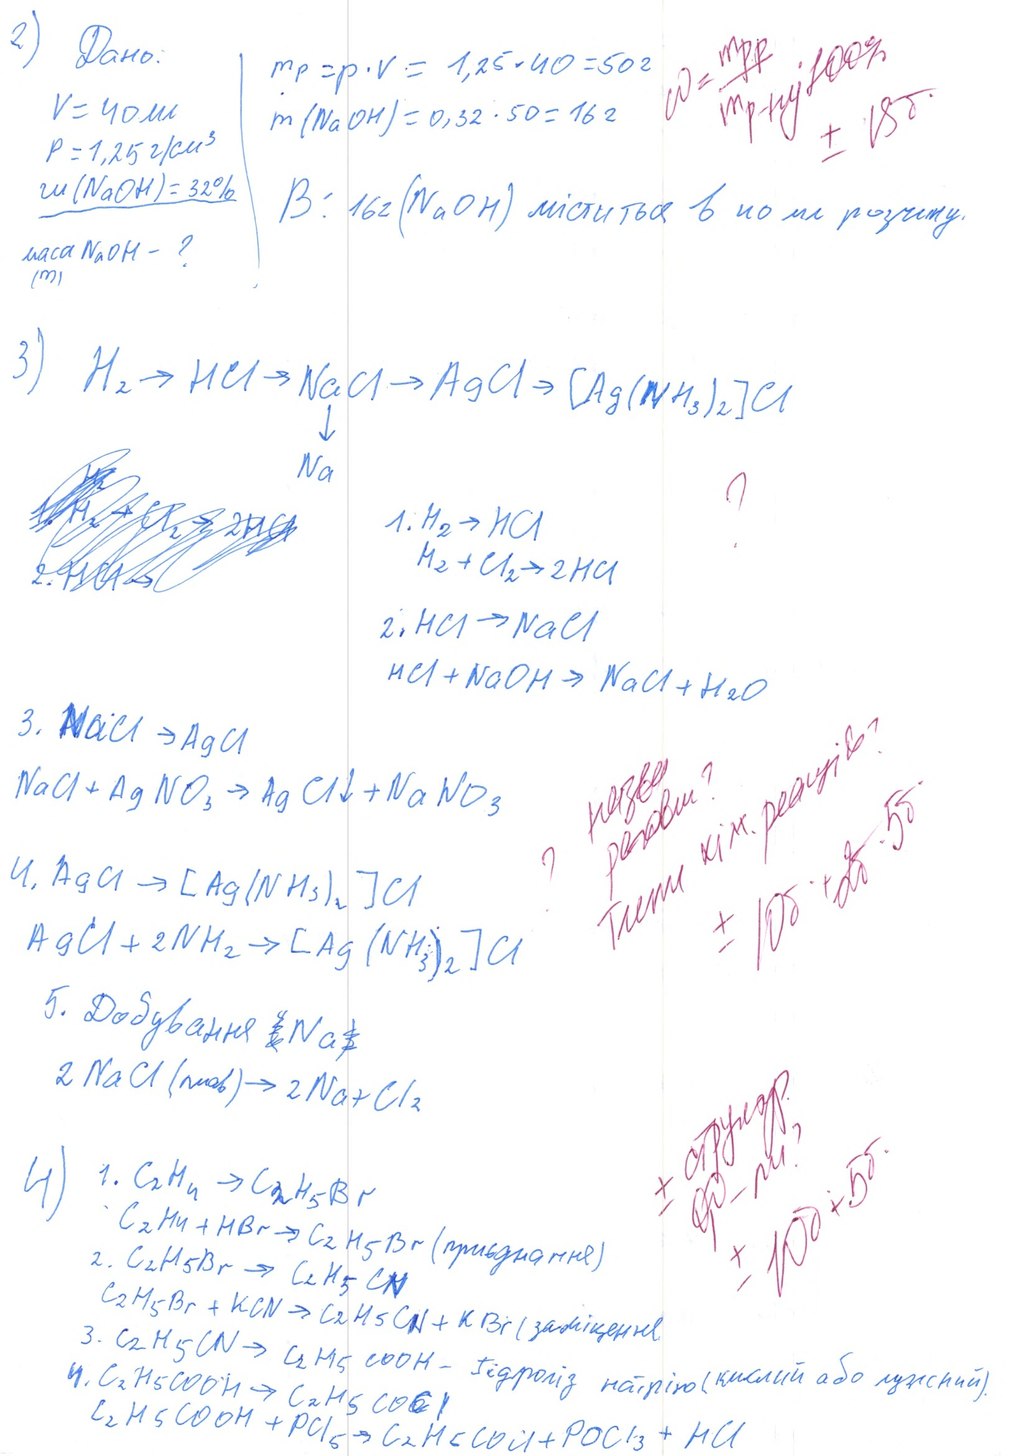
2) Дано:
w = m p.p / m р-ну * 100% + 18
mp = p · V = 1,25 · 40 = 50 г
+18б.
V = 40 ml
m(NaOH) = 0,32 · 50 = 16 г
P = 1,25 г/см^3
B: 16г (NaOH) міститься в 40 мл розчину.
w(NaOH) = 32%
маса NaOH - ?
(m)
3) H2 → HCl → NaCl → AgCl → [Ag(NH3)2]Cl
↓Na
~~H2~~
?
~~1. H2 + Cl2 -> 2HCl~~
1. H2 -> HCl
H2 + Cl2 -> 2HCl
~~2.HCl→~~
2. HCl → NaCl
HCl + NaOH -> NaCl + H2O
3. NaCl → AgCl
Типи хім. реакц? + 10б + 2б · 5б
? назви речовин?
NaCl + AgNO3 -> AgCl↓ + NaNO3
4. AgCl → [Ag(NH3)2]Cl
AgCl + 2NH3 -> [Ag(NH3)2]Cl
5. Добування ~~(~~Na~~)~~
2 NaCl (плав) → 2 Na + Cl2
± структ. ф-ли?
4) 1. C2H4 → C2H5Br
± 10 б + 5б.
C2H4 + HBr → C2H5Br (приєднання)
2. C2H5Br → C2H5CN
C2H5Br + KCN → C2H5CN+KBr (заміщення)
3. C2H5CN → C2H5 COOH - гідроліз натрію(кислий або лужний).
4. C2H5COOH → C2H5COCl
C2H5COOH + PCl5 -> C2H5COCl + POCl3 + HCl